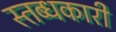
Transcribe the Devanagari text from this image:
स्तब्धकारी